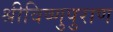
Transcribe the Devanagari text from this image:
श्रीविष्णुपुराण